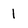
Character: 1